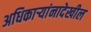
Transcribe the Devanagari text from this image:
अधिकाऱ्यांनादेखील